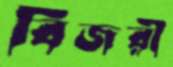
বিজরী